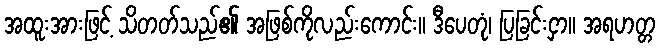
အထူးအားဖြင့် သိတတ်သည်၏ အဖြစ်ကိုလည်းကောင်း။ ဒီပေတုံ၊ ပြခြင်းငှာ။ အရဟတ္တ